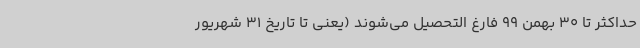
حداکثر تا 30 بهمن 99 فارغ التحصیل می‌شوند (یعنی تا تاریخ 31 شهریور